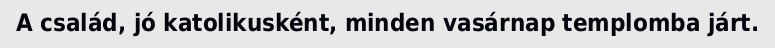
A család, jó katolikusként, minden vasárnap templomba járt.